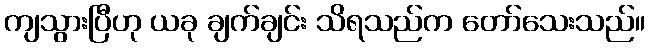
ကျသွားပြီဟု ယခု ချက်ချင်း သိရသည်က တော်သေးသည်။